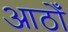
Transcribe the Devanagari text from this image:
आठोँ